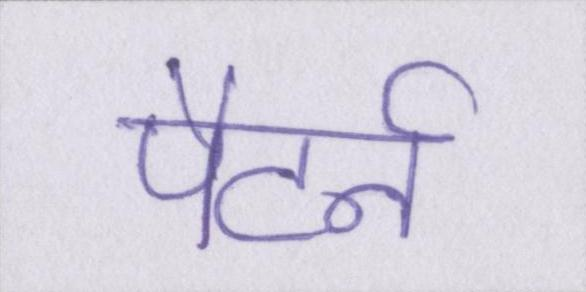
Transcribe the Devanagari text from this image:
पैटर्न